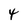
Character: 4